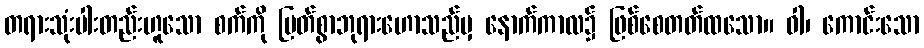
တရားသုံးပါးတည်းဟူသော စက်ကို မြတ်စွာဘုရားဟောသည်မှ နောက်ကာလ၌ ဖြစ်စေတတ်ထသော။ ဝါ၊ ကောင်းသော